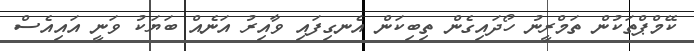
ކޭމްޕްތަކުން ތަމްރީނު ހޯދައިގެން ތިބިކަން އެނގިފައި ވާއިރު އަނެއް ބަޔަކު ވަނީ އައިއެސް